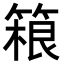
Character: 𬕤